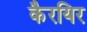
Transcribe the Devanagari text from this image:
कैरयिर